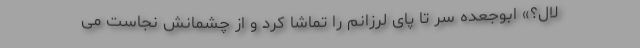
لالِ؟» ابوجعده سر تا پای لرزانم را تماشا کرد و از چشمانش نجاست می